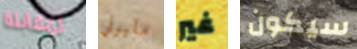
لمقابلة مليوني غير سيكون